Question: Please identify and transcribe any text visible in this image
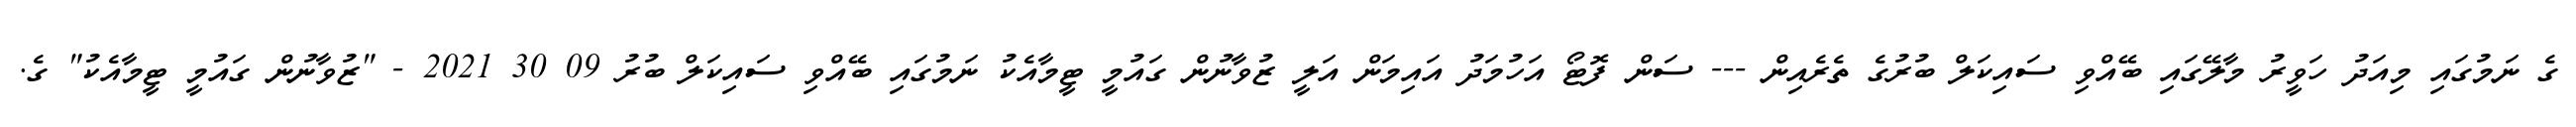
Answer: ގެ ނަމުގައި މިއަދު ހަވީރު މާލޭގައި ބޭއްވި ސައިކަލް ބުރުގެ ތެރެއިން --- ސަން ފޮޓޯ އަހުމަދު އައިމަން އަލީ ޒުވާނުން ގައުމީ ޓީމާއެކު ނަމުގައި ބޭއްވި ސައިކަލް ބުރު 09 30 2021 - "ޒުވާނުން ގައުމީ ޓީމާއެކު" ގެ.